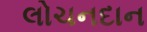
લોચનદાન